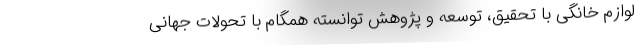
لوازم خانگی با تحقیق‌، توسعه و پژوهش توانسته‌ همگام با تحولات جهانی